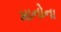
માનોના